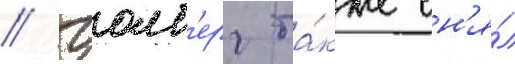
// Уолб'ерг та́кже сн'я́л